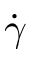
\dot { \gamma }